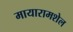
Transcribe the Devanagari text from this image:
मायारामशेल